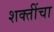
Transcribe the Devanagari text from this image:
शक्‍तींचा